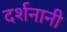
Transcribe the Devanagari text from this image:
दर्शनानी